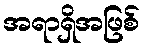
အရာရှိအဖြစ်